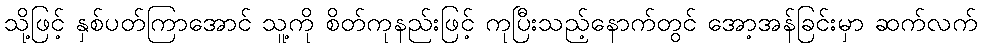
သို့ဖြင့် နှစ်ပတ်ကြာအောင် သူ့ကို စိတ်ကုနည်းဖြင့် ကုပြီးသည့်နောက်တွင် အော့အန်ခြင်းမှာ ဆက်လက်